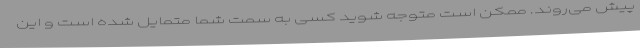
پیش می‌روند. ممکن است متوجه شوید کسی به سمت شما متمایل شده است و این